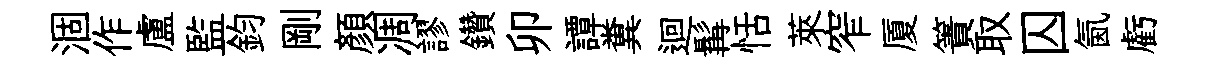
涸作盧監鈞剛顔凋謬鑽卯譚糞迴髯恬萊窄厦簀取囚氤虧